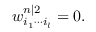
w _ { i _ { 1 } \cdots i _ { l } } ^ { n | 2 } = 0 .